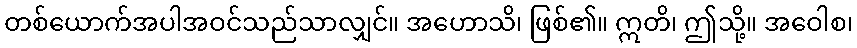
တစ်ယောက်အပါအဝင်သည်သာလျှင်။ အဟောသိ၊ ဖြစ်၏။ ဣတိ၊ ဤသို့။ အဝေါစ၊